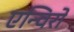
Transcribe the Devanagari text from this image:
एन्विरो